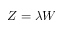
Z = \lambda W